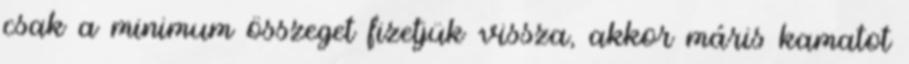
csak a minimum összeget fizetjük vissza, akkor máris kamatot